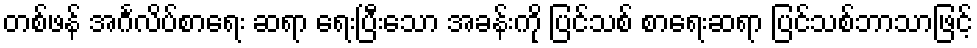
တစ်ဖန် အင်္ဂလိပ်စာရေး ဆရာ ရေးပြီးသော အခန်းကို ပြင်သစ် စာရေးဆရာ ပြင်သစ်ဘာသာဖြင့်